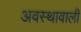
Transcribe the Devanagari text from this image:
अवस्थावाली